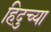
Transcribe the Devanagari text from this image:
हिदुच्या